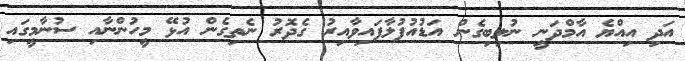
އަދި އިއްޔެ އާމްދަނީ ނުލިބިގެން އަޑުއުފުލާފައިވާއިރު ގެދޮރު ނެތިގެން އުޅޭ މީހުންނާއި ސުނާމީގައި